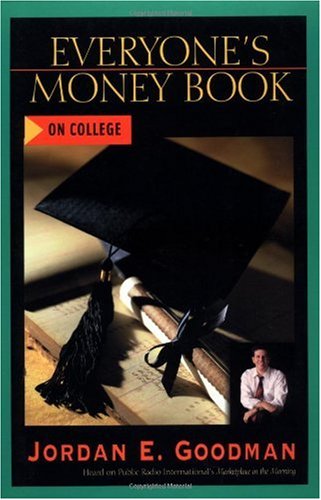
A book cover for Everyone's Money Book on College; Jordan E. Goodman; Business & Money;